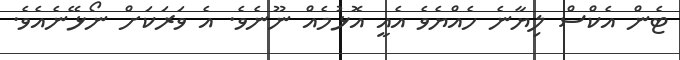
ޓެން އެކްސް ލިޔާނެ ހެއްޔެވެ އެއީ އޮޅުމެއް ނޫނެވެ. އެ ވަރަކަށް ނޯޅޭނެއެވެ.